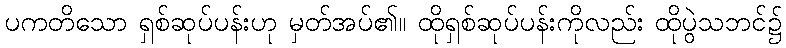
ပကတိသော ရှစ်ဆုပ်ပန်းဟု မှတ်အပ်၏။ ထိုရှစ်ဆုပ်ပန်းကိုလည်း ထိုပွဲသဘင်၌